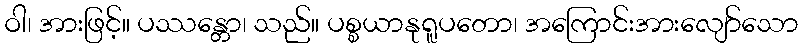
ဝါ၊ အားဖြင့်။ ပဿန္တော၊ သည်။ ပစ္စယာနုရူပတော၊ အကြောင်းအားလျော်သော